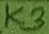
Text: K3